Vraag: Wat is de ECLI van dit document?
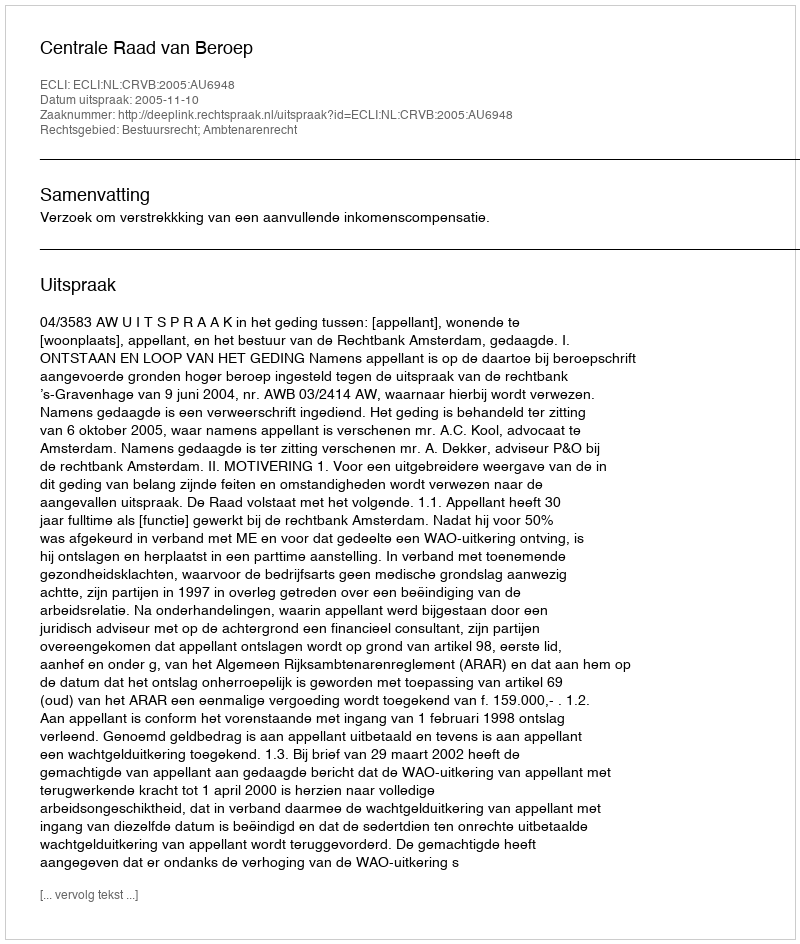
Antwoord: ECLI:NL:CRVB:2005:AU6948